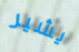
يشير